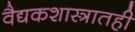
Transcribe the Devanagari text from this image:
वैद्यकशास्त्रातही